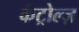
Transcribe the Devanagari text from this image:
कंट्रोल्ज़